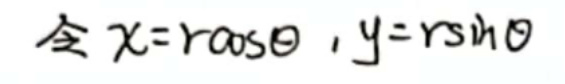
令 \(x = r\cos\theta\)，\(y = r\sin\theta\)